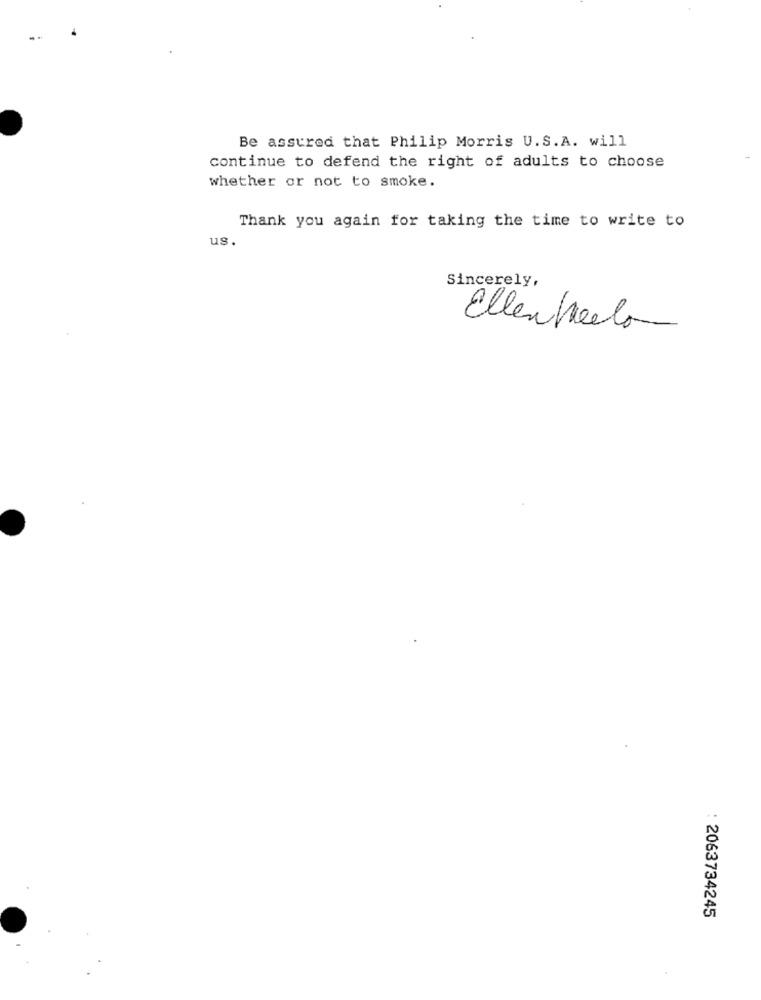
Be assured that Philip Morris U.S.A. will
continue to defend the right of adults to choose
whether or not to smoke.
Thank you again for taking the time to write to
us.
Sincerely,
Ellenheelo
: 2063734245